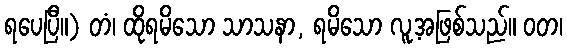
ရပေပြီ။) တံ၊ ထိုရမိသော သာသနာ, ရမိသော လူ့အဖြစ်သည်။ ဝတ၊